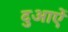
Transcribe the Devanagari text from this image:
दुआऐं